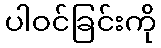
ပါဝင်ခြင်းကို